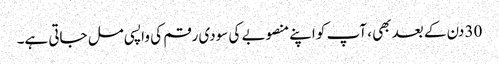
30 دن کے بعد بھی ، آپ کو اپنے منصوبے کی سودی رقم کی واپسی مل جاتی ہے۔